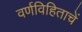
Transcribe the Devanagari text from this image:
वर्णविहिताचें